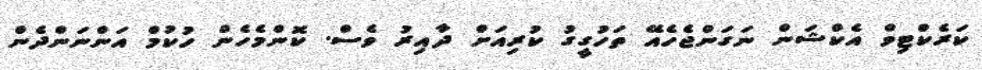
ކަރެކްޓިވް އެކްޝަން ނަގަންޖެހެއޭ ތަހުގީގު ކުރިއަށް ދާއިރު ވެސް. ކޮންމެހެން ހުކުމް އަންނަންދެން